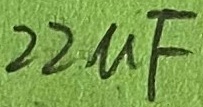
Text: 22µF